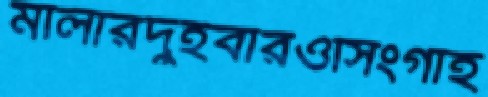
মালারদুইবারওসিংগাই